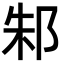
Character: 邾